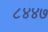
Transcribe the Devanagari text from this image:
८४४७